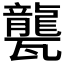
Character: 𤮨